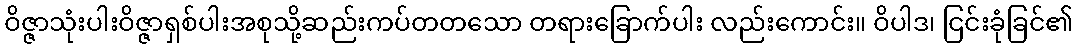
ဝိဇ္ဇာသုံးပါးဝိဇ္ဇာရှစ်ပါးအစုသို့ဆည်းကပ်တတသော တရားခြောက်ပါး လည်းကောင်း။ ဝိပါဒ၊ ငြင်းခုံခြင်၏